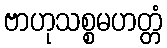
ဗာဟုသစ္စမဟတ္တံ